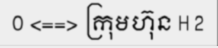
0 <==> ក្រុមហ៊ុន H 2